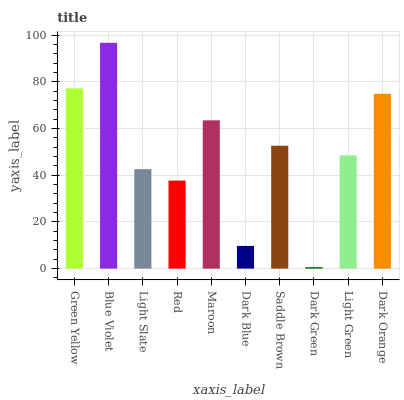
| xaxis_label | bars |
 | --- | --- |
 | Green Yellow | 77.2 |
 | Blue Violet | 96.8 |
 | Light Slate | 42.6 |
 | Red | 37.7 |
 | Maroon | 63.5 |
 | Dark Blue | 9.72 |
 | Saddle Brown | 52.7 |
 | Dark Green | 0.615 |
 | Light Green | 48.5 |
 | Dark Orange | 74.9 |